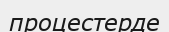
процестерде